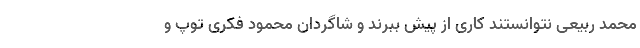
محمد ربیعی نتوانستند کاری از پیش ببرند و شاگردان محمود فکری توپ و